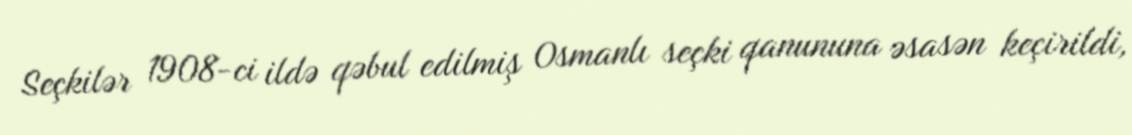
Seçkilər 1908-ci ildə qəbul edilmiş Osmanlı seçki qanununa əsasən keçirildi,